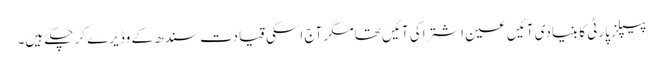
پیپلز پارٹی کا بنیادی آئیں عین اشتراکی آئیں تھا مگر آج اسکی قیادت سندھ کے وڈیرے کر چکے ہیں۔